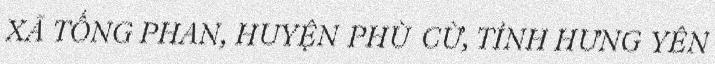
XÃ TỐNG PHAN, HUYỆN PHÙ CỪ, TỈNH HƯNG YÊN